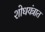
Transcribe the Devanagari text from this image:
शोधयंत्रात